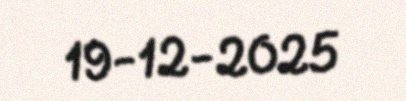
19-12-2025